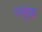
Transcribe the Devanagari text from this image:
रसूक